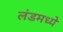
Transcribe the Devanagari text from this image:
लंडमध्ये